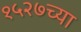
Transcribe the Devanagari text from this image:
१५२७च्या